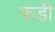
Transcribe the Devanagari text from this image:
फड़ी